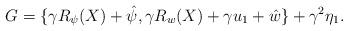
LaTeX: \begin{align*}G=\{\gamma R_{\psi}(X) + \hat \psi, \gamma R_{w}(X) + \gamma u_1 + \hat w\} +\gamma^2 \eta_1.\end{align*}